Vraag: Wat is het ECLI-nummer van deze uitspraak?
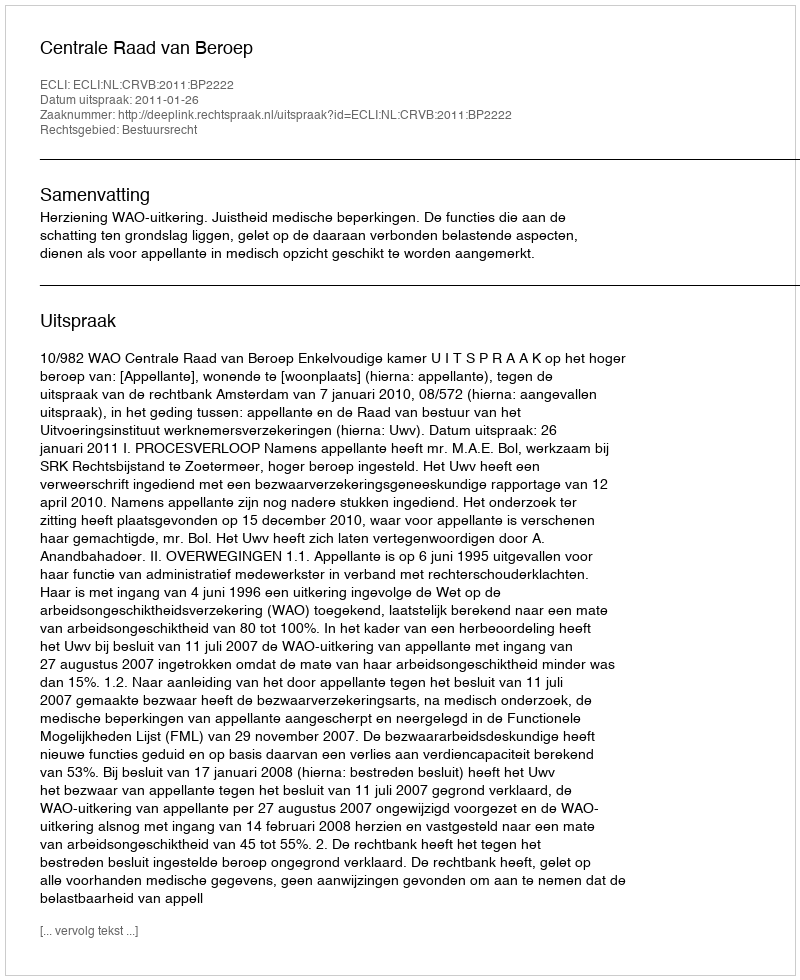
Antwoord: ECLI:NL:CRVB:2011:BP2222